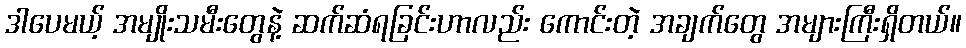
ဒါပေမယ့် အမျိုးသမီးတွေနဲ့ ဆက်ဆံရခြင်းဟာလည်း ကောင်းတဲ့ အချက်တွေ အများကြီးရှိတယ်။